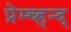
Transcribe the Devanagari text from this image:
प्रेम्च्हन्द्